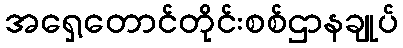
အရှေ့တောင်တိုင်းစစ်ဌာနချုပ်